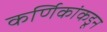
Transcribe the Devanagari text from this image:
कर्णिकांकडून